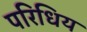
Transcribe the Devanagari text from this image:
परिधिय